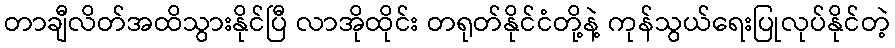
တာချီလိတ်အထိသွားနိုင်ပြီ လာအိုထိုင်း တရုတ်နိုင်ငံတို့နဲ့ ကုန်သွယ်ရေးပြုလုပ်နိုင်တဲ့